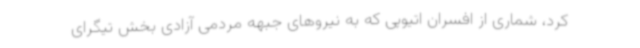
کرد، شماری از افسران اتیوپی که به نیروهای جبهه مردمی آزادی بخش تیگرای